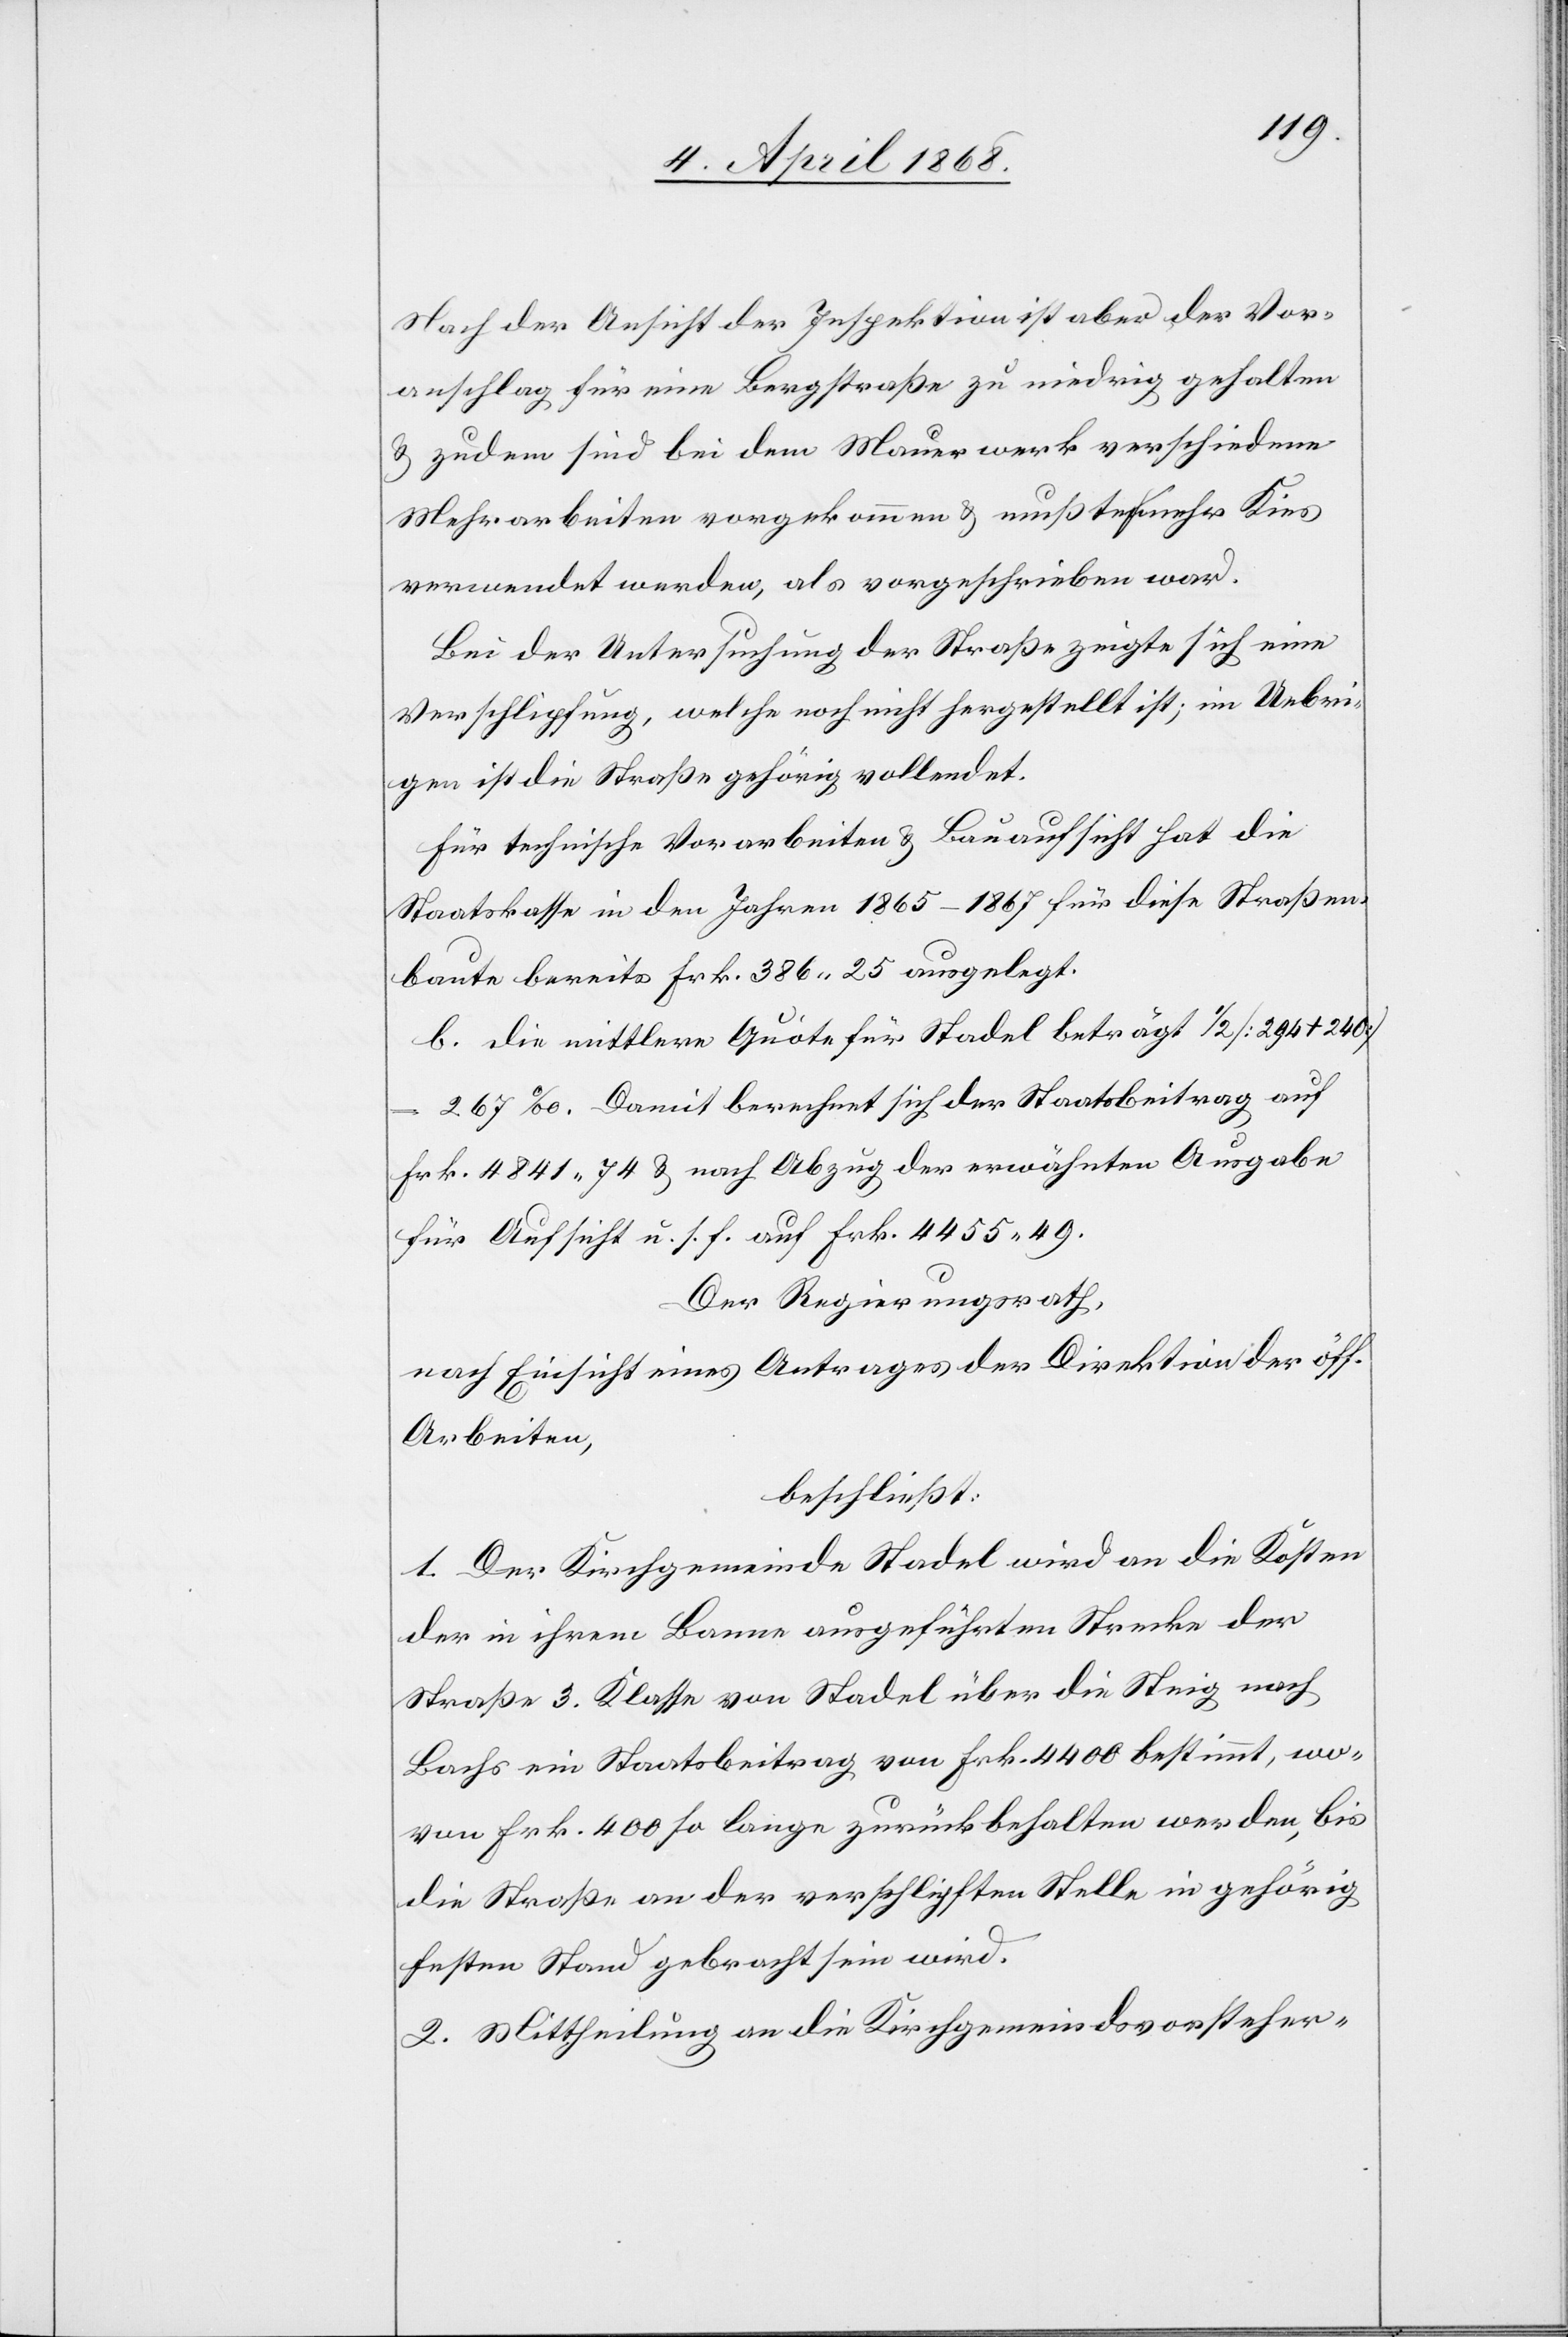
Nach der Ansicht der Inspektion ist aber der Vor¬
anschlag für eine Bergstraße zu niedrig gehalten
& zudem sind bei dem Mauerwerk verschiedene
Mehrarbeiten vorgekommen & mußte mehr Kies
verwendet werden, als vorgeschrieben war.
Bei der Untersuchung der Straße zeigte sich eine
Verschlipfung, welche noch nicht hergestellt ist; im Uebri¬
gen ist die Straße gehörig vollendet.
Für technische Vorarbeiten & Bauaufsicht hat die
Staatskasse in den Jahren 1865–1867 für diese Straßen¬
baute bereits Frk. 386. 25 ausgelegt.
b. die mittlere Quote für Stadel beträgt 1/2 [294 + 240]
267‰. Damit berechnet sich der Staatsbeitrag auf
Frk. 4841. 74 & nach Abzug der erwähnten Ausgabe
für Aufsicht u. s. f. auf Frk. 4455. 49.
Der Regierungsrath,
nach Einsicht eines Antrages der Direktion der öff.
Arbeiten,
beschließt:
1. Der Kirchgemeinde Stadel wird an die Kosten
der in ihrem Banne ausgeführten Strecke der
Straße 3. Klasse von Stadel über die Steig nach
Bachs ein Staatsbeitrag von Frk. 4400 bestimmt, wo¬
von Frk. 400 so lange zurück behalten werden, bis
die Straße an der verschlipften Stelle in gehörig
festen Stand gebracht sein wird.
2. Mittheilung an die Kirchgemeindsvorsteher-